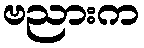
ဗညားက